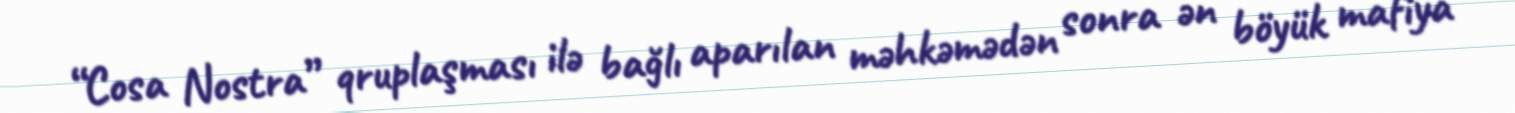
“Cosa Nostra” qruplaşması ilə bağlı aparılan məhkəmədən sonra ən böyük mafiya